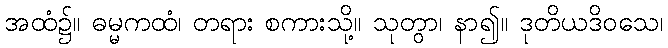
အထံ၌။ ဓမ္မကထံ၊ တရား စကားသို့။ သုတွာ၊ နာ၍။ ဒုတိယဒိဝသေ၊